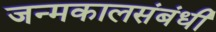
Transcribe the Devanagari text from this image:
जन्मकालसंबंधी